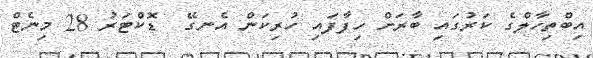
އިބްތިހާލްގެ ކަރުގައި ބާރަށް ހިފާފައި ހުރިކަން އެނގޭ  ޑޮކްޓަރު 28 މިނެޓް